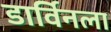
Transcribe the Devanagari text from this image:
डार्विनला